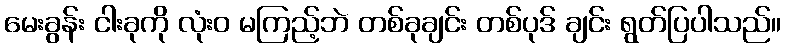
မေးခွန်း ငါးခုကို လုံးဝ မကြည့်ဘဲ တစ်ခုချင်း တစ်ပုဒ် ချင်း ရွတ်ပြပါသည်။